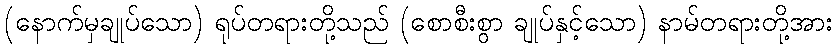
(နောက်မှချုပ်သော) ရုပ်တရားတို့သည် (စောစီးစွာ ချုပ်နှင့်သော) နာမ်တရားတို့အား